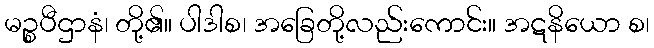
မဉ္စပီဌာနံ၊ တို့၏။ ပါဒါစ၊ အခြေတို့လည်းကောင်း။ အဋနိယော စ၊